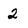
Character: 2